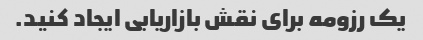
یک رزومه برای نقش بازاریابی ایجاد کنید.